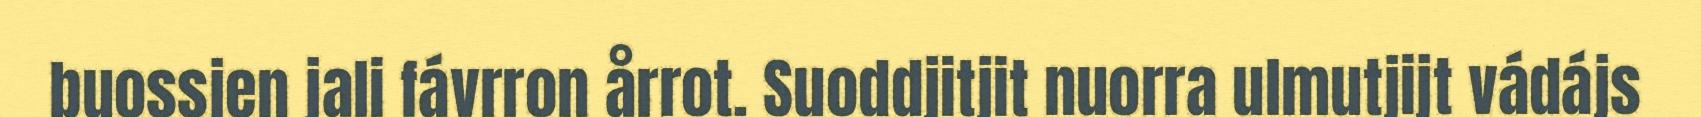
buossjen jali fávrron årrot. Suoddjitjit nuorra ulmutjijt vádájs